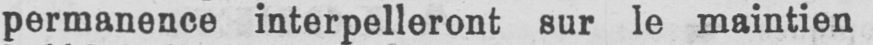
permanence interpelleront sur le maintien